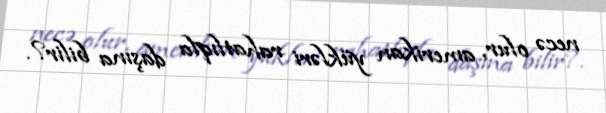
necə olur, amerikan yükləri rahatlıqla daşına bilir?.